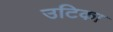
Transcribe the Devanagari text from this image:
उटिका